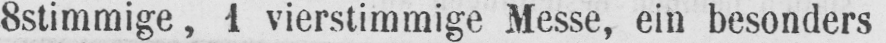
8stimmige, 1 vierstimmige Messe, ein besonders